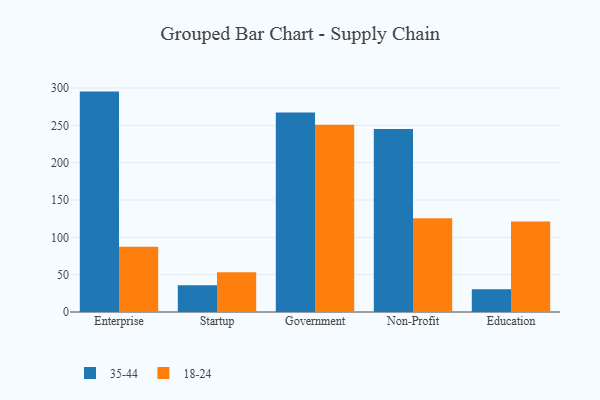
{"axis": {"x": "Segment", "y": "Website Visitors"}, "legend": ["18-24", "35-44"], "data": [{"x": "Enterprise", "y": 295.2, "type": "35-44"}, {"x": "Enterprise", "y": 87.3, "type": "18-24"}, {"x": "Startup", "y": 35.7, "type": "35-44"}, {"x": "Startup", "y": 53.3, "type": "18-24"}, {"x": "Government", "y": 267.2, "type": "35-44"}, {"x": "Government", "y": 250.7, "type": "18-24"}, {"x": "Non-Profit", "y": 245.0, "type": "35-44"}, {"x": "Non-Profit", "y": 125.6, "type": "18-24"}, {"x": "Education", "y": 30.6, "type": "35-44"}, {"x": "Education", "y": 121.3, "type": "18-24"}]}